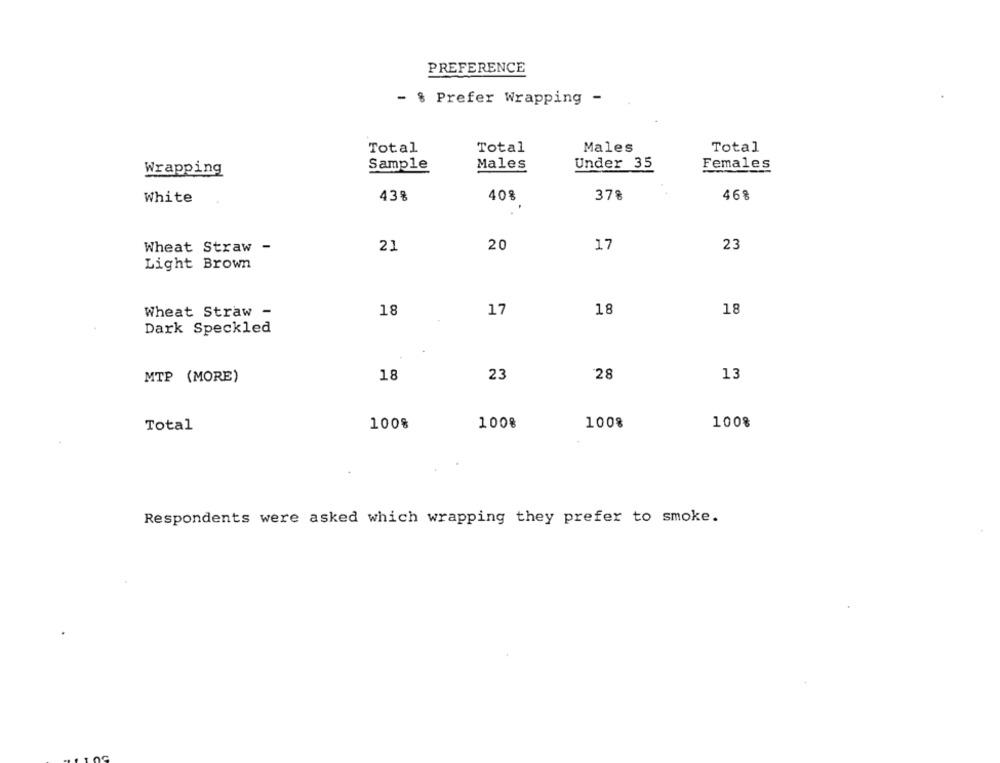
PREFERENCE
- % Prefer Wrapping -
Total
Total
Males
Total
Sample
Males
Under 35
Females
Wrapping
White
43%
40%
378
46%
23
Wheat Straw -
21
20
17
Light Brown
Wheat Straw -
18
17
18
18
Dark Speckled
28
13
MTP (MORE)
18
23
Total
100%
1008
1008
100%
Respondents were asked which wrapping they prefer to smoke.